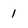
Character: 1